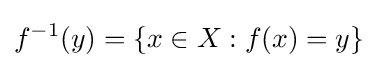
f^{-1}(y)=\left\{x\in X:f(x)=y\right\}